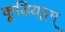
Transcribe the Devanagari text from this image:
कूडियट्टम्